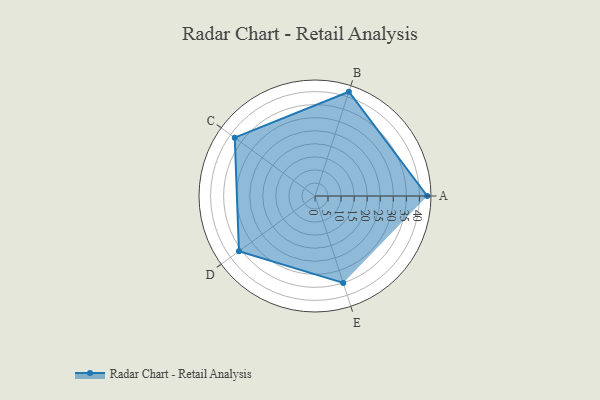
{"axis": {"x": "Skill", "y": "Score"}, "legend": ["Profile"], "data": [{"x": "A", "y": 43.0, "type": "Profile"}, {"x": "B", "y": 42.0, "type": "Profile"}, {"x": "C", "y": 38.0, "type": "Profile"}, {"x": "D", "y": 36.0, "type": "Profile"}, {"x": "E", "y": 35.0, "type": "Profile"}]}